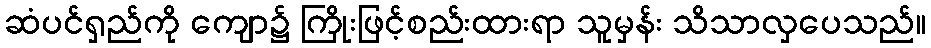
ဆံပင်ရှည်ကို ကျော၌ ကြိုးဖြင့်စည်းထားရာ သူမှန်း သိသာလှပေသည်။